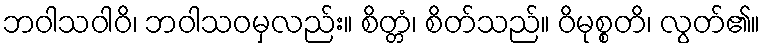
ဘဝါသဝါဝိ၊ ဘဝါသဝမှလည်း။ စိတ္တံ၊ စိတ်သည်။ ဝိမုစ္စတိ၊ လွတ်၏။